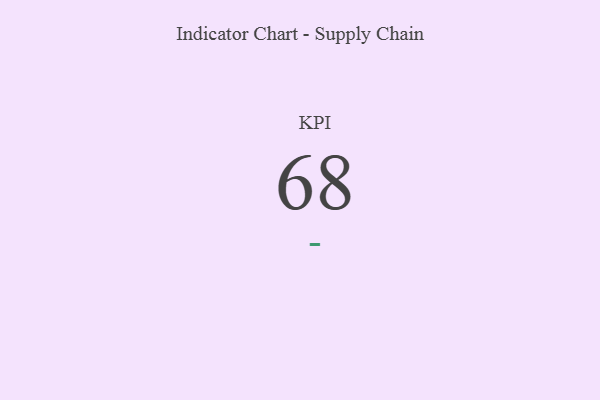
{"axis": {"x": "KPI", "y": "Value"}, "legend": [""], "data": [{"x": "KPI", "y": 68, "type": ""}]}